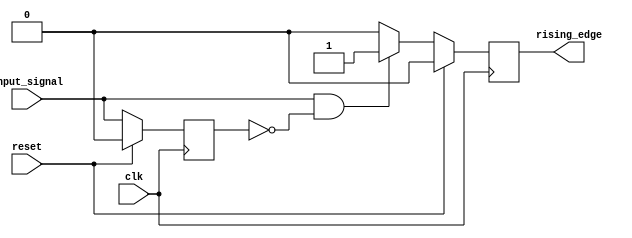
module rising_edge_detector (
    input wire clk,            // Clock signal
    input wire reset,          // Synchronous reset signal
    input wire input_signal,    // Signal to be monitored for rising edges
    output reg rising_edge      // Output signal indicating a rising edge
);

    reg previous_state;        // Storage element to hold the previous state of input_signal

    // On each clock edge
    always @(posedge clk) begin
        if (reset) begin
            previous_state <= 0;  // Reset previous state to 0
            rising_edge <= 0;     // Reset rising edge output
        end else begin
            // Detect rising edge
            if (input_signal && !previous_state) begin
                rising_edge <= 1;  // Set rising edge high for one clock cycle
            end else begin
                rising_edge <= 0;   // Clear rising edge if no edge detected
            end
            
            // Update previous state
            previous_state <= input_signal;
        end
    end

endmodule